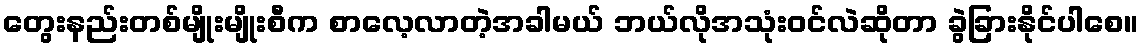
တွေးနည်းတစ်မျိုးမျိုးစီက စာလေ့လာတဲ့အခါမယ် ဘယ်လိုအသုံးဝင်လဲဆိုတာ ခွဲခြားနိုင်ပါစေ။